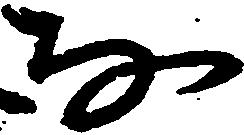
な